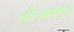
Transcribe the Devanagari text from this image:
नीलवर्णाय